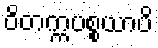
ဝိတက္ကပစ္စယာပိ